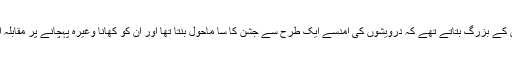
ان کا کہنا تھا ان کے بزرگ بتاتے تھے کہ درویشوں کی آمدسے ایک طرح سے جشن کا سا ماحول بنتا تھا اور ان کو کھانا وغیرہ پہچانے پر مقابلہ آرائی ہوتی تھی۔